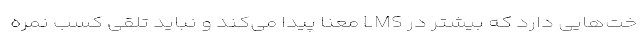
خت‌هایی دارد که بیشتر در LMS معنا پیدا می‌کند و نباید تلقی کسب نمره